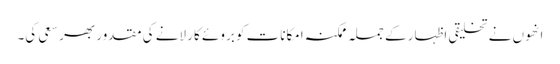
انھوں نے تخلیقی اظہار کے جملہ ممکنہ امکانات کو بروئے کار لانے کی مقدور بھر سعی کی۔